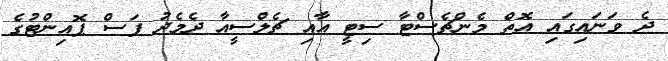
ދެ ވަނައިގައި އޮތް މެންޗެސްޓާ ސިޓީ އާއި ޗެލްސީއާ ދެމެދު ފަސް ޕޮއިންޓުގެ